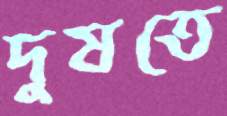
দুষতে